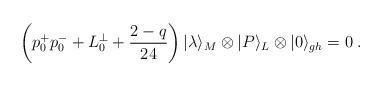
LaTeX: \begin{align*}\left(p_0^+p_0^-+L_0^{\perp}+\frac{2-q}{24}\right)|\lambda\rangle_M\otimes|P\rangle_L\otimes|0\rangle_{gh}=0\;.\end{align*}